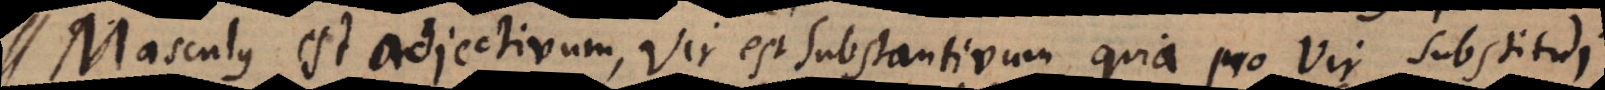
Masculus est adjectivum, Vir est substantivum, quia pro Vir substitui